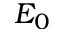
E _ { 0 }